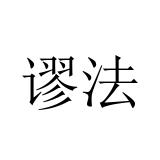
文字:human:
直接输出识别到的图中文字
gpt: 谬法